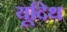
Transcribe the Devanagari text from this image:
यूदिथ